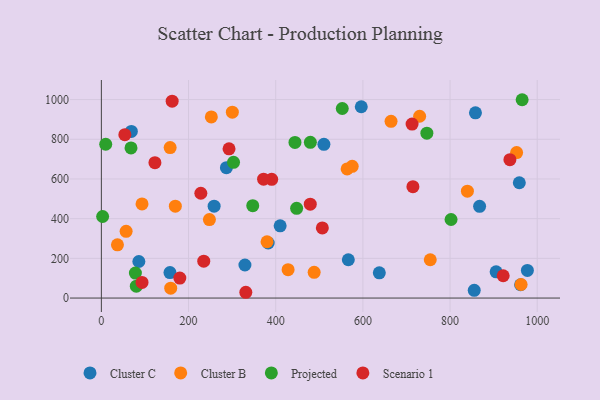
{"axis": {"x": "Distance", "y": "Sales"}, "legend": ["Cluster B", "Cluster C", "Projected", "Scenario 1"], "data": [{"x": "382.8", "y": 277.4, "type": "Cluster C"}, {"x": "510.6", "y": 774.7, "type": "Cluster C"}, {"x": "855.5", "y": 39.1, "type": "Cluster C"}, {"x": "867.8", "y": 462.1, "type": "Cluster C"}, {"x": "961.8", "y": 67.0, "type": "Cluster C"}, {"x": "258.7", "y": 463.0, "type": "Cluster C"}, {"x": "410.2", "y": 364.1, "type": "Cluster C"}, {"x": "637.7", "y": 127.1, "type": "Cluster C"}, {"x": "977.4", "y": 139.1, "type": "Cluster C"}, {"x": "958.9", "y": 580.9, "type": "Cluster C"}, {"x": "566.6", "y": 193.1, "type": "Cluster C"}, {"x": "157.4", "y": 128.4, "type": "Cluster C"}, {"x": "68.8", "y": 839.8, "type": "Cluster C"}, {"x": "286.9", "y": 656.8, "type": "Cluster C"}, {"x": "86.0", "y": 184.1, "type": "Cluster C"}, {"x": "905.7", "y": 132.3, "type": "Cluster C"}, {"x": "329.4", "y": 166.6, "type": "Cluster C"}, {"x": "858.3", "y": 933.3, "type": "Cluster C"}, {"x": "596.3", "y": 963.8, "type": "Cluster C"}, {"x": "488.2", "y": 129.8, "type": "Cluster B"}, {"x": "300.5", "y": 936.8, "type": "Cluster B"}, {"x": "169.7", "y": 463.0, "type": "Cluster B"}, {"x": "159.1", "y": 49.6, "type": "Cluster B"}, {"x": "157.8", "y": 758.0, "type": "Cluster B"}, {"x": "56.8", "y": 336.3, "type": "Cluster B"}, {"x": "247.9", "y": 395.5, "type": "Cluster B"}, {"x": "952.7", "y": 733.2, "type": "Cluster B"}, {"x": "380.1", "y": 283.8, "type": "Cluster B"}, {"x": "575.5", "y": 663.8, "type": "Cluster B"}, {"x": "754.6", "y": 193.0, "type": "Cluster B"}, {"x": "664.6", "y": 890.6, "type": "Cluster B"}, {"x": "93.3", "y": 474.5, "type": "Cluster B"}, {"x": "36.9", "y": 268.4, "type": "Cluster B"}, {"x": "252.3", "y": 912.7, "type": "Cluster B"}, {"x": "428.4", "y": 143.2, "type": "Cluster B"}, {"x": "563.9", "y": 650.5, "type": "Cluster B"}, {"x": "839.8", "y": 538.5, "type": "Cluster B"}, {"x": "730.2", "y": 916.0, "type": "Cluster B"}, {"x": "963.0", "y": 68.2, "type": "Cluster B"}, {"x": "10.0", "y": 775.0, "type": "Projected"}, {"x": "802.3", "y": 395.8, "type": "Projected"}, {"x": "2.9", "y": 410.8, "type": "Projected"}, {"x": "347.3", "y": 465.2, "type": "Projected"}, {"x": "444.2", "y": 784.2, "type": "Projected"}, {"x": "78.1", "y": 125.8, "type": "Projected"}, {"x": "68.0", "y": 756.2, "type": "Projected"}, {"x": "448.0", "y": 451.9, "type": "Projected"}, {"x": "965.4", "y": 999.3, "type": "Projected"}, {"x": "479.5", "y": 784.5, "type": "Projected"}, {"x": "303.2", "y": 683.7, "type": "Projected"}, {"x": "80.2", "y": 59.6, "type": "Projected"}, {"x": "552.7", "y": 955.0, "type": "Projected"}, {"x": "746.8", "y": 830.7, "type": "Projected"}, {"x": "93.3", "y": 78.7, "type": "Scenario 1"}, {"x": "234.9", "y": 185.6, "type": "Scenario 1"}, {"x": "921.9", "y": 112.3, "type": "Scenario 1"}, {"x": "122.9", "y": 681.9, "type": "Scenario 1"}, {"x": "228.2", "y": 528.1, "type": "Scenario 1"}, {"x": "331.4", "y": 29.1, "type": "Scenario 1"}, {"x": "390.8", "y": 598.2, "type": "Scenario 1"}, {"x": "53.9", "y": 823.0, "type": "Scenario 1"}, {"x": "507.0", "y": 353.3, "type": "Scenario 1"}, {"x": "937.3", "y": 697.3, "type": "Scenario 1"}, {"x": "714.8", "y": 561.2, "type": "Scenario 1"}, {"x": "479.3", "y": 472.8, "type": "Scenario 1"}, {"x": "372.2", "y": 598.8, "type": "Scenario 1"}, {"x": "292.9", "y": 751.7, "type": "Scenario 1"}, {"x": "180.0", "y": 100.5, "type": "Scenario 1"}, {"x": "162.4", "y": 991.9, "type": "Scenario 1"}, {"x": "712.9", "y": 876.8, "type": "Scenario 1"}]}